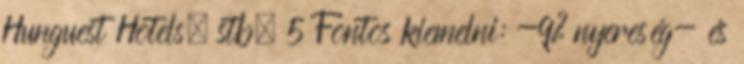
Hunguest Hotels, stb. 5 Fontos kiemelni: -9% nyereség- és